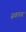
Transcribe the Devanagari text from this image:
स्फाय